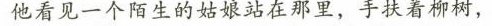
他看见一个陌生的姑娘站在那里，手扶着柳树，